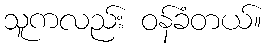
သူကလည်း ဝန်ခံတယ်။